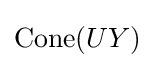
\mathrm {Cone} (UY)